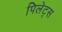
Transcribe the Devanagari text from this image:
पिलेट्स